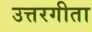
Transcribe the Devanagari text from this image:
उत्तरगीता